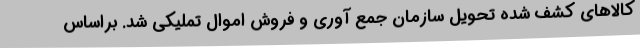
کالاهای کشف شده تحویل سازمان جمع آوری و فروش اموال تملیکی شد. براساس